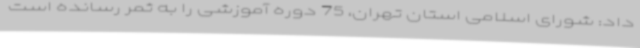
داد: شورای اسلامی استان تهران، 75 دوره آموزشی را به ثمر رسانده است